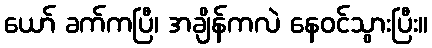
ယော် ခက်ကပြီ၊ အချိန်ကလဲ နေဝင်သွားပြီး။